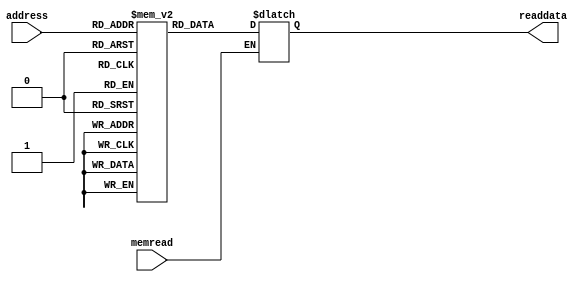
/// computerAssignment_4
// group members: sara Ghavampour 98 127 62 781 - sahar Mohammadi 9812762305

//memory unit
module IMemBank(input memread, input [7:0] address, output reg [31:0] readdata);
 
  reg [31:0] mem_array [255:0];
  
  integer i;
  initial begin
      mem_array[0] = 32'b001000_00000_00010_0000000000100000;
        mem_array[1] = 32'b00000000000000000010000000100000;
        mem_array[2] = 32'b00101000100001010000000000001010;
        mem_array[3] = 32'b00010000101000000000000000000110;
        mem_array[4] = 32'b10001100100001100000000000000000;
        mem_array[5] = 32'b000000_00110_00010_0011100000101010;
        mem_array[6] = 32'b00010000111000000000000000000001;
        mem_array[7] = 32'b000000_00000_00110_00010_00000_100000;
        mem_array[8] = 32'b00100000100001000000000000000001;
        mem_array[9] = 32'b000010_00000000000000000000000010;    //find min

	mem_array[10] = 32'b00100000000000110000000000000000;
        mem_array[11] = 32'b00000000000000000010000000100000;
        mem_array[12] = 32'b00101000100001010000000000001010;
        mem_array[13] = 32'b00010000101000000000000000000110;
        mem_array[14] = 32'b10001100100001100000000000000000;
        mem_array[15] = 32'b00000000011001100011100000101010;
        mem_array[16] = 32'b00010000111000000000000000000001;
        mem_array[17] = 32'b00000000000001100001100000100000;
        mem_array[18] = 32'b00100000100001000000000000000001;
        mem_array[19] = 32'b000010_00000000000000000000001100;   //find max

	mem_array[20] = 32'b101011_00000_00010_0000000000001010;
	mem_array[21] = 32'b101011_00000_00011_0000000000001011;
  end
 
  always@(memread, address, mem_array[address])
  begin
    if(memread)begin
      readdata=mem_array[address];
    end
  end

endmodule

module testbench3;
  reg memread;              /* rw=RegWrite */
  reg [7:0] adr;  /* adr=address */
  wire [31:0] rd; /* rd=readdata */
  
  IMemBank u0(memread, adr, rd);
  
  initial begin
    memread=1'b0;
    adr=16'd0;
    
    #5
    memread=1'b1;
    adr=16'd0;
  end
  
  initial repeat(127)#4 adr=adr+1;
  
endmodule